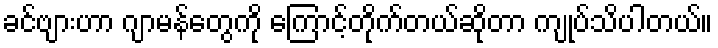
ခင်ဗျားဟာ ဂျာမန်တွေကို ကြောင့်တိုက်တယ်ဆိုတာ ကျုပ်သိပါတယ်။